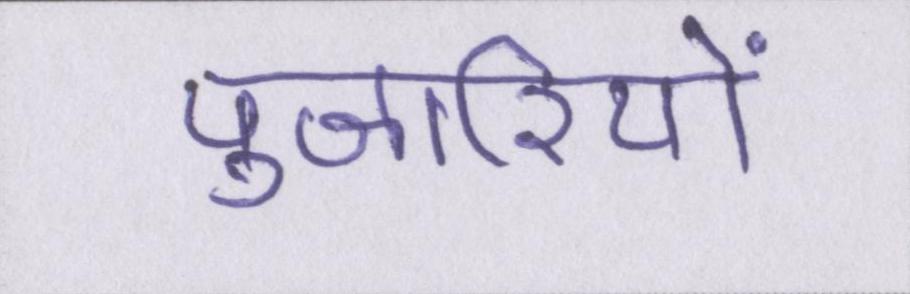
पुजारियों